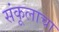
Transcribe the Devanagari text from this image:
संकूलाचा